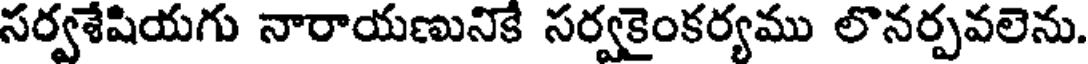
సర్వశేషియగు నారాయణునికే సర్వకైంకర్యము లొనర్పవలెను.